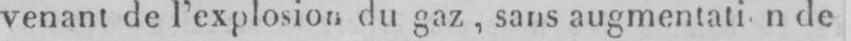
de